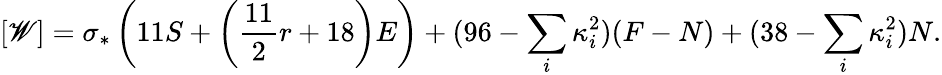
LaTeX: [\mathscr{W}]=\sigma_{*}\left(11S+\left({\frac{{11}}{{2}}}r+18\right)E\right)+(96-\sum_{i}\kappa_{i}^{2})(F-N)+(38-\sum_{i}\kappa_{i}^{2})N.